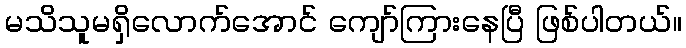
မသိသူမရှိလောက်အောင် ကျော်ကြားနေပြီ ဖြစ်ပါတယ်။